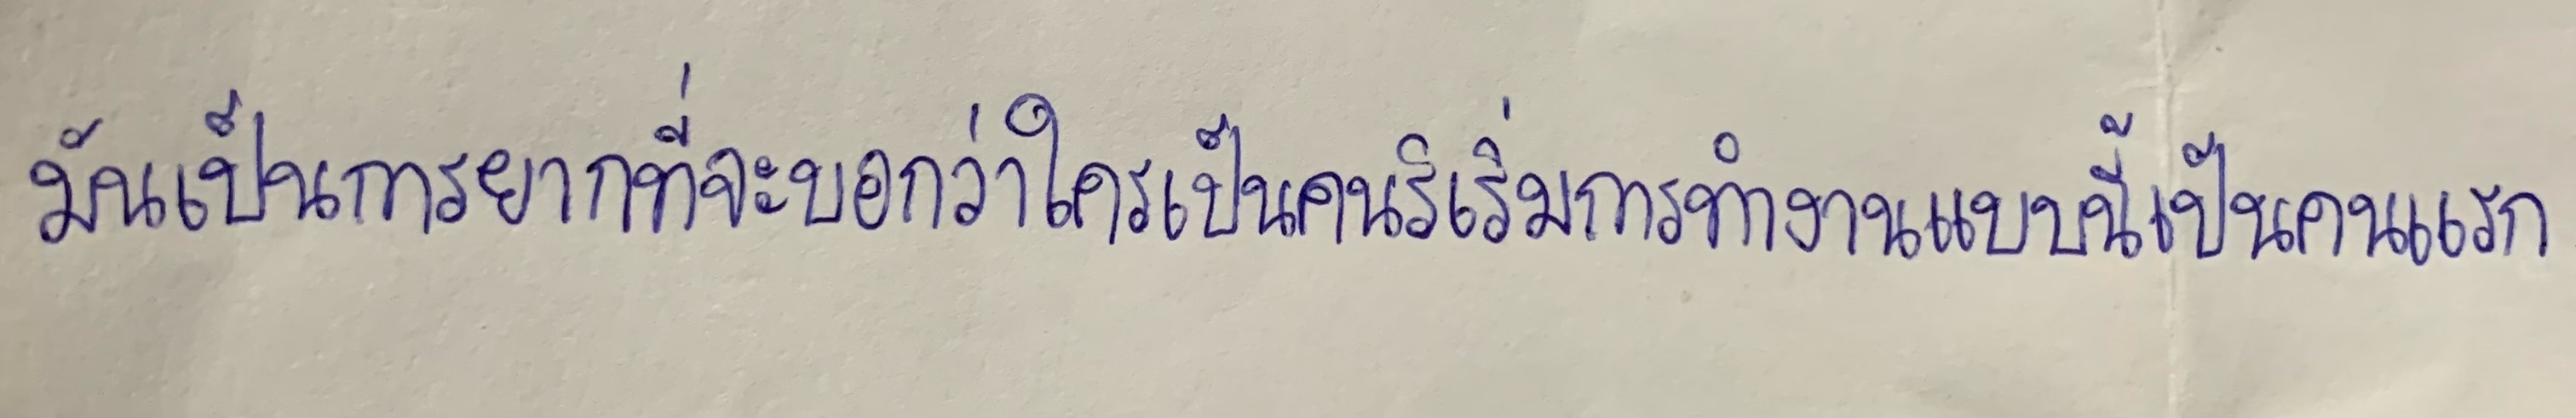
มันเป็นการยากที่จะบอกว่าใครเป็นคนริเริ่มการทำงานแบบนี้เป็นคนแรก